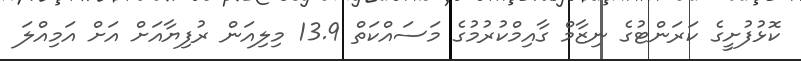
ކޮޅުފުށީގެ ކަރަންޓުގެ ނިޒާމް ގާއިމްކުރުމުގެ މަސައްކަތް 13.9 މިލިއަން ރުފިޔާއަށް އަށް އަމިއްލަ